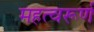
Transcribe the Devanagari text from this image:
महत्वरूर्ण